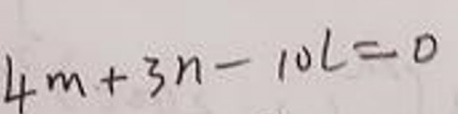
\[ 4m + 3n - 10L = 0 \]